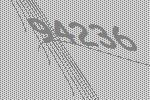
94236